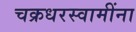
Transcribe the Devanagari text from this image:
चक्रधरस्वामींना